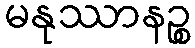
မနုဿာနဉ္စ